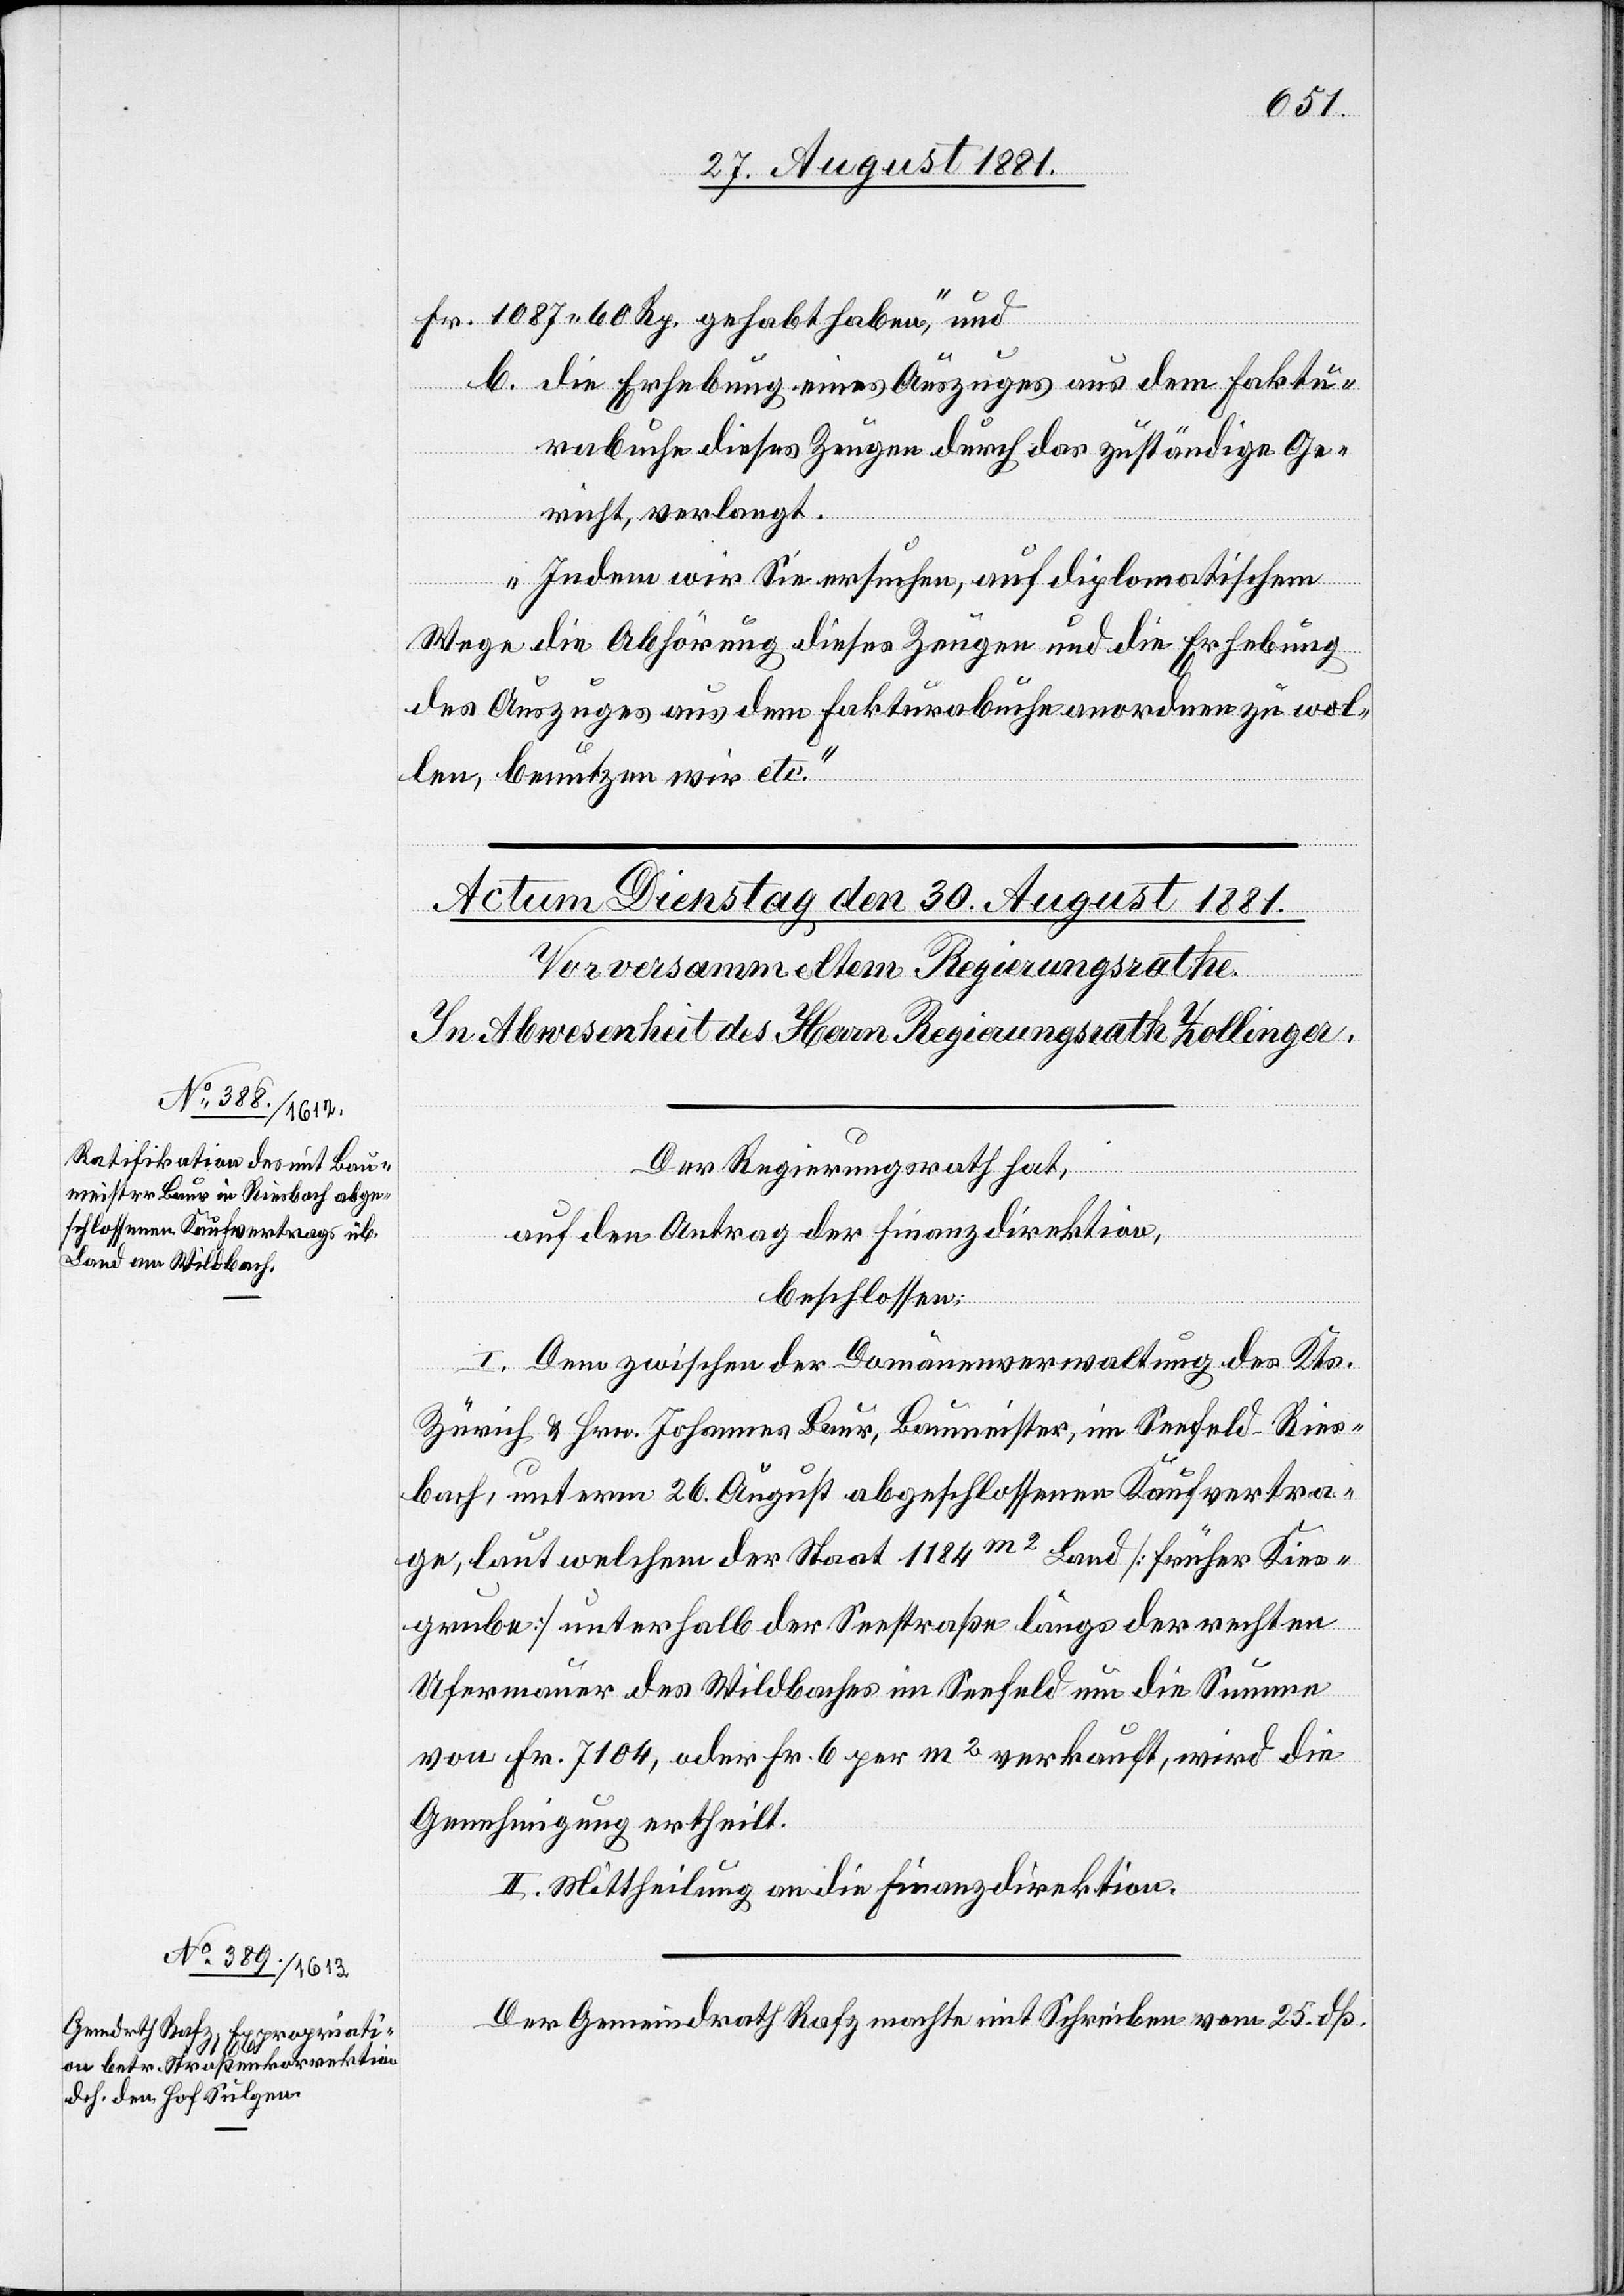
Fr. 1087 60 Rp. gehabt haben“, und
b. die Erhebung eines Auszuges aus dem Faktu¬
rabuche dieses Zeugen durch das Zuständige Ge¬
richt, verlangt.
Indem wir Sie ersuchen, auf diplomatischem
Wege die Abhörung dieses Zeugen und die Erhebung
des Auszuges aus dem Fakturabuche anordnen zu wol¬
len, benutzen wir etc.“
Der Regierungsrath hat,
auf den Antrag der Finanzdirektion,
beschlossen:
I. Dem zwischen der Domänenverwaltung des Kts.
Zürich & Hrn. Johannes Baur, Baumeister, im Seefeld-Ries¬
bach, unterm 26. August abgeschlossenen Kaufvertra¬
ge, laut welchem der Staat 1184m2 Land [früher Kies¬
grube] unterhalb der Seestraße längs der rechten
Ufermauer des Wildbaches im Seefeld um die Summe
von Fr. 7104, oder Fr. 6 per m2 verkauft, wird die
Genehmigung ertheilt.
II. Mittheilung an die Finanzdirektion.
Der Gemeindrath Rafz machte mit Schreiben vom 25. dß.